Lunatic asylums Madras 1892-1911 - 1892-1911
Year: 1892
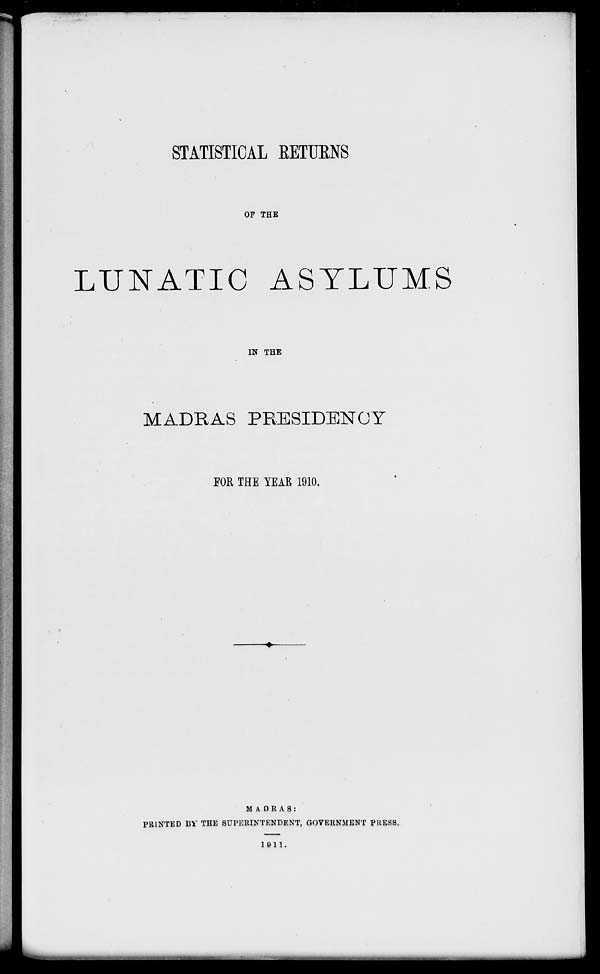
STATISTICAL RETURNS
OP THE
LUNATIC ASYLUMS
IN THE
MADRAS PRESIDENCY
FOR THE YEAR 1910.
MADRAS:
PRINTED BV THE SUPERINTENDENT, GOVERNMENT PRESS.
1811.